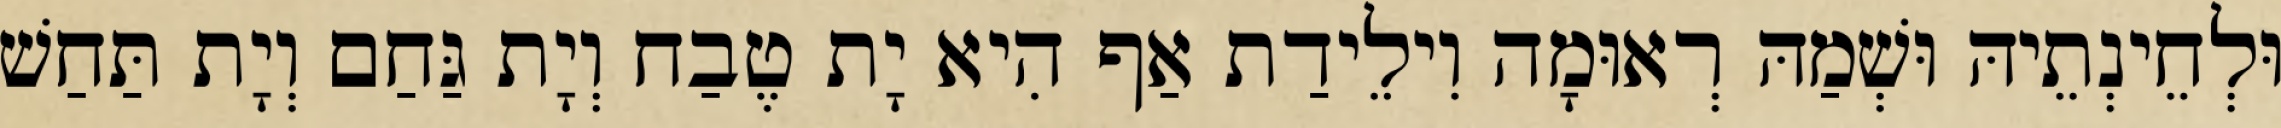
וּלְחֵינְתֵיהּ וּשְׁמַהּ רְאוּמָה וִילֵידַת אַף הִיא יָת טֶבַח וְיָת גַּחַם וְיָת תַּחַשׁ